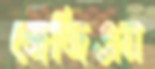
জেজিএম